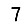
Digit: 7